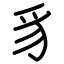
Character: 豸